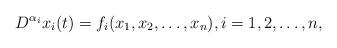
LaTeX: \begin{align*}D^{\alpha_i}x_i(t)=f_i(x_1,x_2,\ldots,x_n),i=1,2,\ldots,n,\end{align*}